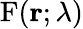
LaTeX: \mathrm{F}(\mathbf{r};\lambda)